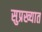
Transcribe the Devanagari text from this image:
सुप्रख्यात